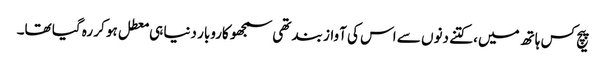
پیچ کس ہاتھ میں، کتنے دنوں سے اس کی آواز بند تھی سمجھو کاروبار دنیا ہی معطل ہو کر رہ گیا تھا۔